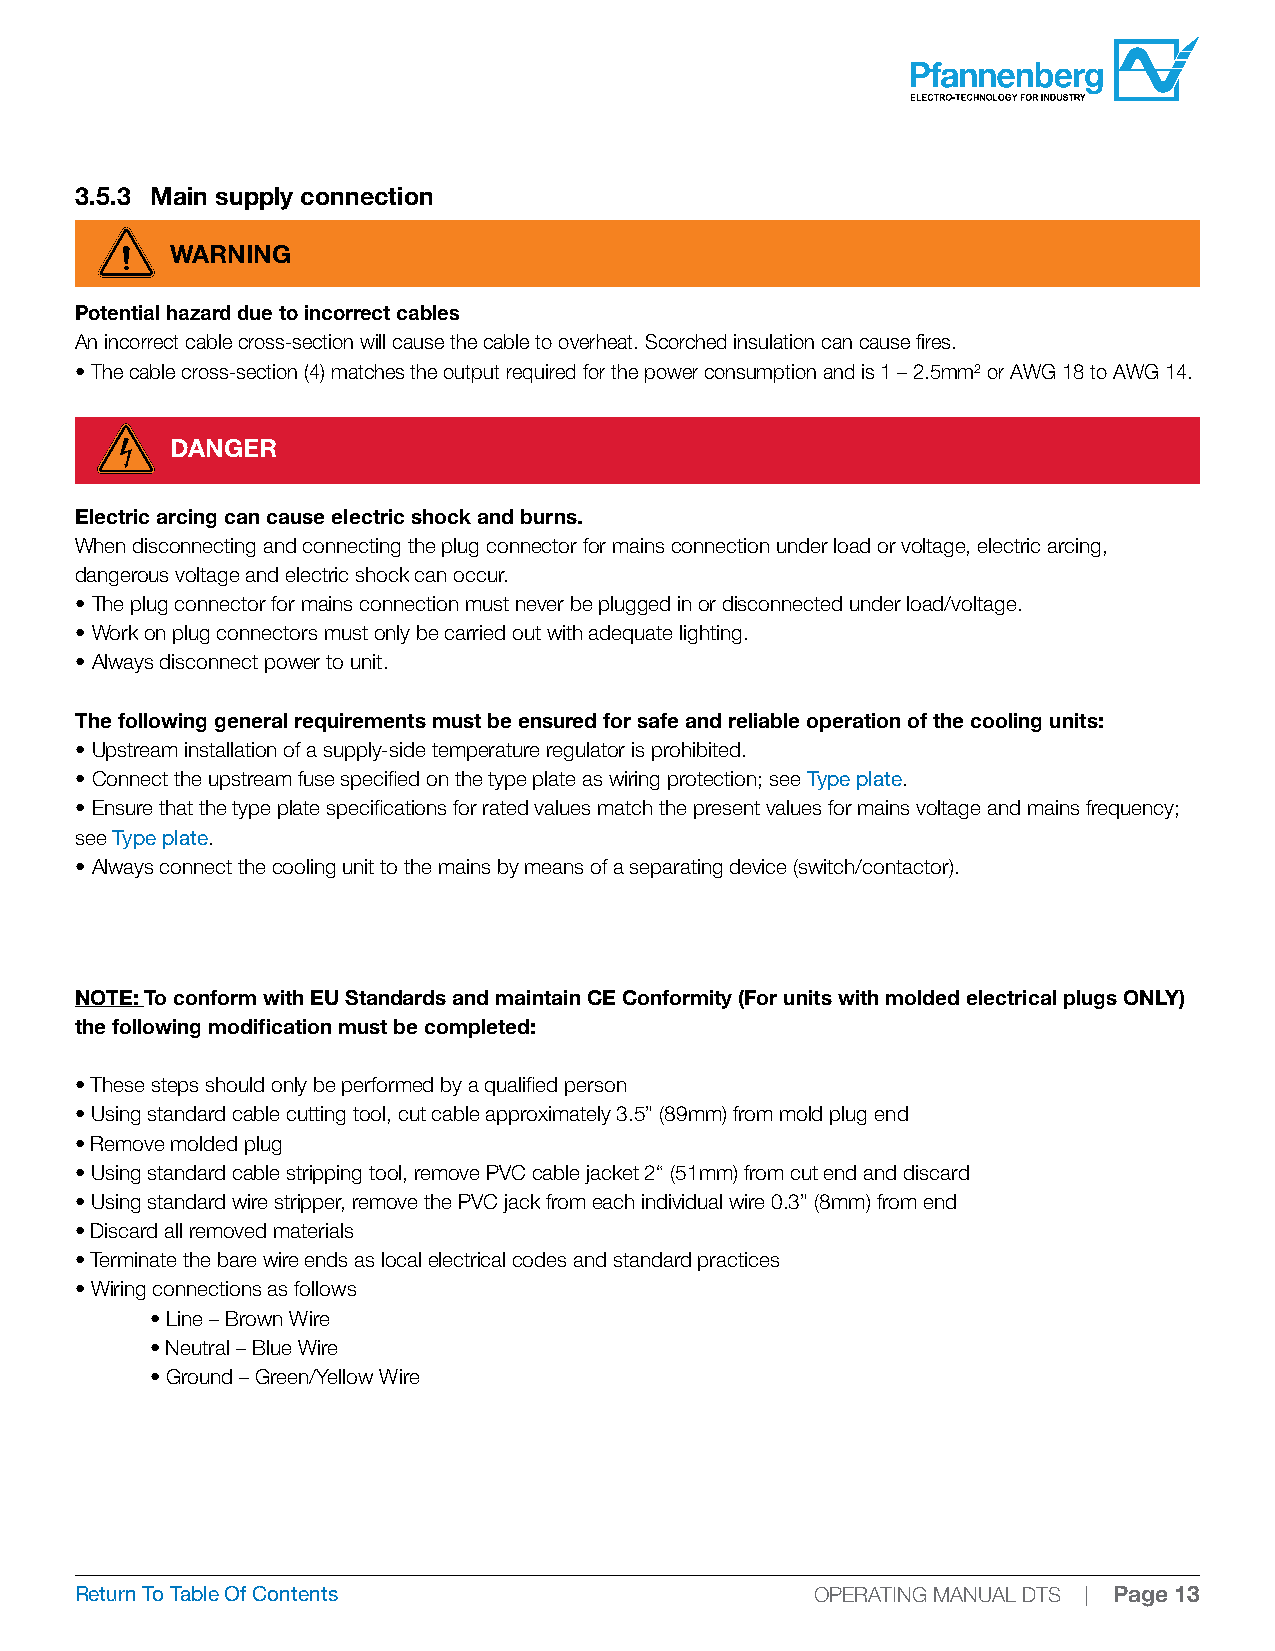
3.5.3 Main supply connection
 WARNING
 Potential hazard due to incorrect cables
 An incorrect cable cross-section will cause the cable to overheat. Scorched insulation can cause fires.
 • The cable cross-section (4) matches the output required for the power consumption and is 1 – 2.5mm² or AWG 18 to AWG 14.
 DANGER
 Electric arcing can cause electric shock and burns.
 When disconnecting and connecting the plug connector for mains connection under load or voltage, electric arcing,
 dangerous voltage and electric shock can occur.
 • The plug connector for mains connection must never be plugged in or disconnected under load/voltage.
 • Work on plug connectors must only be carried out with adequate lighting.
 • Always disconnect power to unit.
 The following general requirements must be ensured for safe and reliable operation of the cooling units:
 • Upstream installation of a supply-side temperature regulator is prohibited.
 • Connect the upstream fuse specified on the type plate as wiring protection; see Type plate.
 • Ensure that the type plate specifications for rated values match the present values for mains voltage and mains frequency;
 see Type plate.
 • Always connect the cooling unit to the mains by means of a separating device (switch/contactor).
 NOTE: To conform with EU Standards and maintain CE Conformity (For units with molded electrical plugs ONLY)
 the following modification must be completed:
 • These steps should only be performed by a qualified person
 • Using standard cable cutting tool, cut cable approximately 3.5” (89mm) from mold plug end
 • Remove molded plug
 • Using standard cable stripping tool, remove PVC cable jacket 2“ (51mm) from cut end and discard
 • Using standard wire stripper, remove the PVC jack from each individual wire 0.3” (8mm) from end
 • Discard all removed materials
 • Terminate the bare wire ends as local electrical codes and standard practices
 • Wiring connections as follows
 • Line – Brown Wire
 • Neutral – Blue Wire
 • Ground – Green/Yellow Wire
 Return To Table Of Contents                      OPERATING MANUAL DTS | Page 13